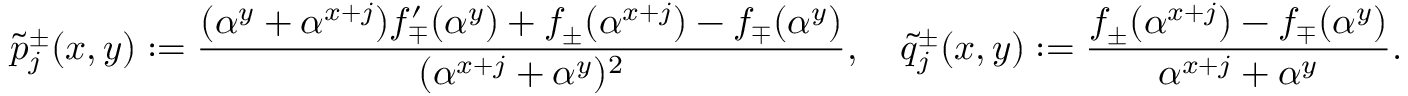
\tilde { p } _ { j } ^ { \pm } ( x , y ) : = \frac { ( \alpha ^ { y } + \alpha ^ { x + j } ) f _ { \mp } ^ { \prime } ( \alpha ^ { y } ) + f _ { \pm } ( \alpha ^ { x + j } ) - f _ { \mp } ( \alpha ^ { y } ) } { ( \alpha ^ { x + j } + \alpha ^ { y } ) ^ { 2 } } , \quad \tilde { q } _ { j } ^ { \pm } ( x , y ) : = \frac { f _ { \pm } ( \alpha ^ { x + j } ) - f _ { \mp } ( \alpha ^ { y } ) } { \alpha ^ { x + j } + \alpha ^ { y } } .